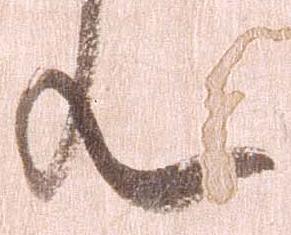
ん